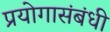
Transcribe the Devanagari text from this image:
प्रयोगासंबंधी